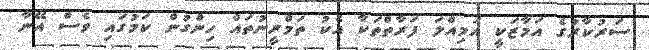
ސަރުކާރުގެ އަމާޒަކީ އަމިއްލަ ފަރާތްތަކާ އެކު ތަމްރީނުތައް ހިންގުން ކަމުގައި ވެސް އޭނާ